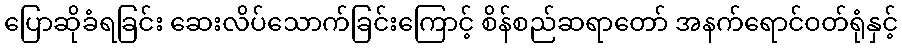
ပြောဆိုခံရခြင်း ဆေးလိပ်သောက်ခြင်းကြောင့် စိန်စည်ဆရာတော် အနက်ရောင်ဝတ်ရုံနှင့်